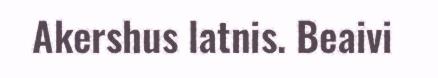
Akershus latnis. Beaivi